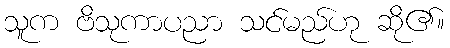
သူက ဗိသုကာပညာ သင်မည်ဟု ဆို၏။